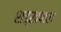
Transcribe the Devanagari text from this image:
शड्खपाल